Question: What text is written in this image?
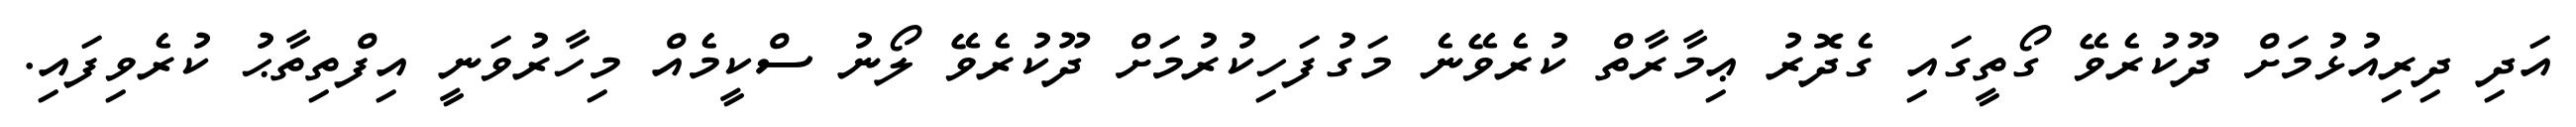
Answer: އަދި ދިރިއުޅުމަށް ދޫކުރެވޭ ގޯތީގައި ގެދޮރު ޢިމާރާތް ކުރެވޭނެ މަގުފަހިކުރުމަށް ދޫކުރެވޭ ލޯނު ސްކީމެއް މިހާރުވަނީ އިފްތިތާޙު ކުރެވިފައި.